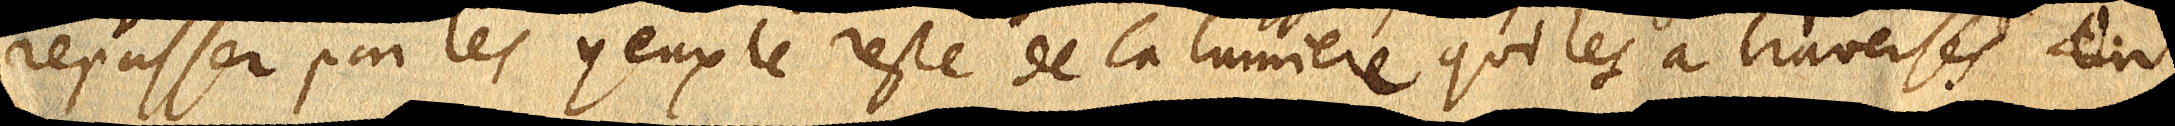
repasser par les yeux le reste de la lumiere qui les a traverses. On